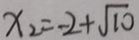
x _ { 2 } = - 2 + \sqrt { 1 0 }